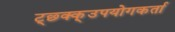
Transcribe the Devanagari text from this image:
ट्छ्क्क्उपयोगकर्ता